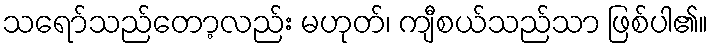
သရော်သည်တော့လည်း မဟုတ်၊ ကျီစယ်သည်သာ ဖြစ်ပါ၏။